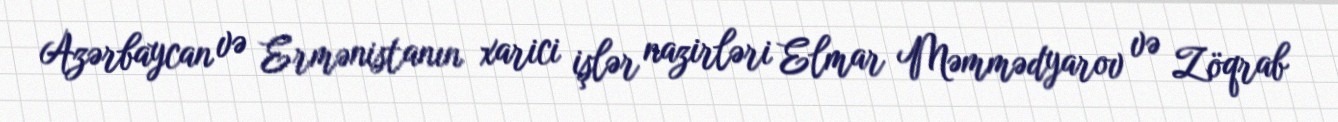
Azərbaycan və Ermənistanın xarici işlər nazirləri Elmar Məmmədyarov və Zöqrab